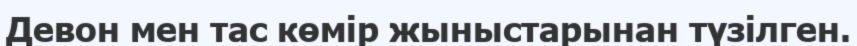
Девон мен тас көмір жыныстарынан түзілген.